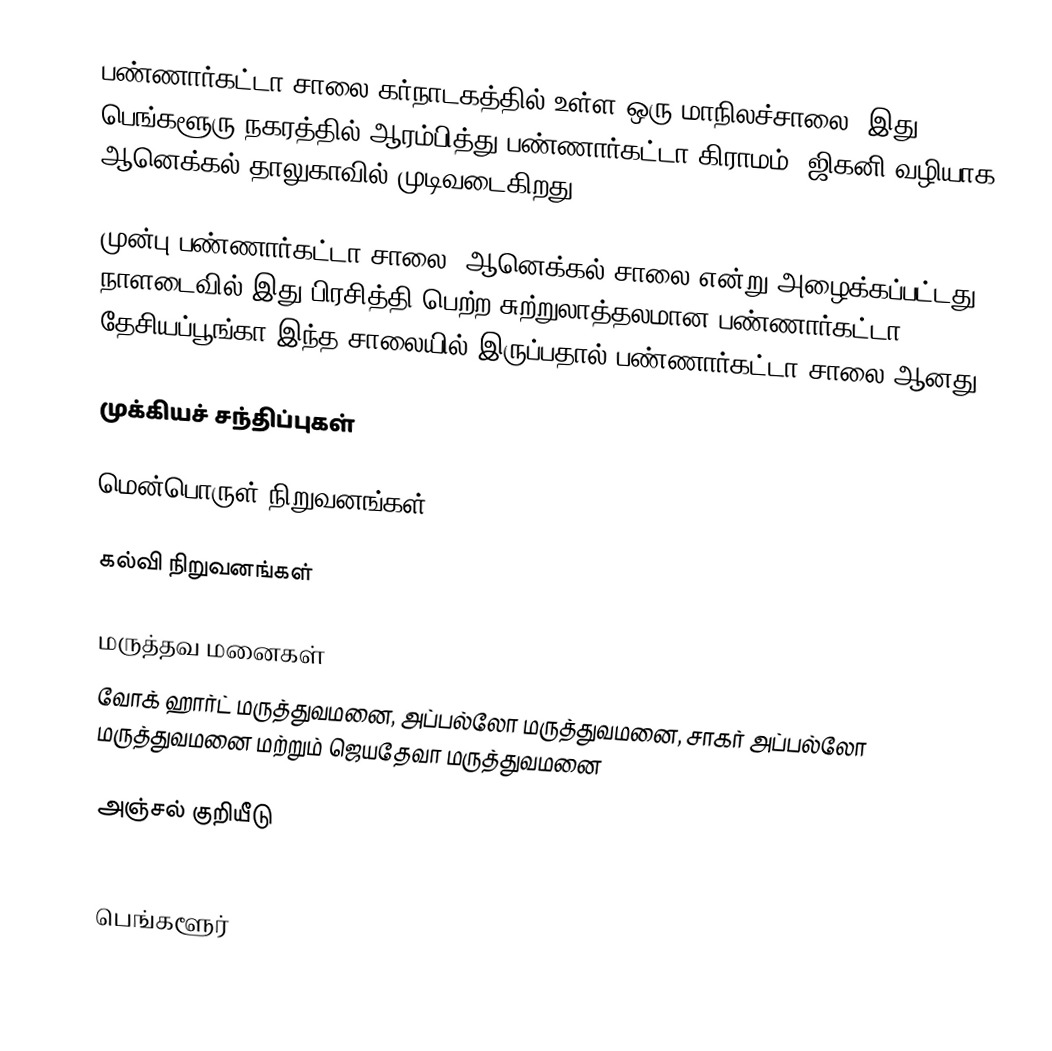
பண்ணார்கட்டா சாலை கர்நாடகத்தில் உள்ள ஒரு மாநிலச்சாலை. இது பெங்களூரு நகரத்தில் ஆரம்பித்து பண்ணார்கட்டா கிராமம், ஜிகனி வழியாக ஆனெக்கல் தாலுகாவில் முடிவடைகிறது.

முன்பு பண்ணார்கட்டா சாலை, ஆனெக்கல் சாலை என்று அழைக்கப்பட்டது. நாளடைவில் இது பிரசித்தி பெற்ற சுற்றுலாத்தலமான பண்ணார்கட்டா தேசியப்பூங்கா இந்த சாலையில் இருப்பதால் பண்ணார்கட்டா சாலை ஆனது.

முக்கியச் சந்திப்புகள்

மென்பொருள் நிறுவனங்கள்

கல்வி நிறுவனங்கள்

மருத்தவ மனைகள்
வோக் ஹார்ட் மருத்துவமனை, அப்பல்லோ மருத்துவமனை, சாகர் அப்பல்லோ மருத்துவமனை மற்றும் ஜெயதேவா மருத்துவமனை

அஞ்சல் குறியீடு
560 029, 560 076 and 560 079

பெங்களூர்